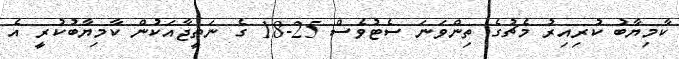
ކާމިޔާބު ކުރިއިރު މެޗުގެ ތިންވަނަ ސެޓުވެސް 25-18 ގެ ނަތީޖާއަކުން ކާމިޔާބުކުރީ އެ